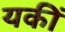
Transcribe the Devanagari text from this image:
यकीं